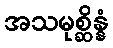
အသမုစ္ဆိန္နံ